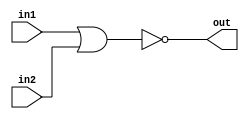
module OR
(
    input in1,
    input in2,
    output reg out
);
    
    
 always@*
 out = ~(in1 | in2);
endmodule